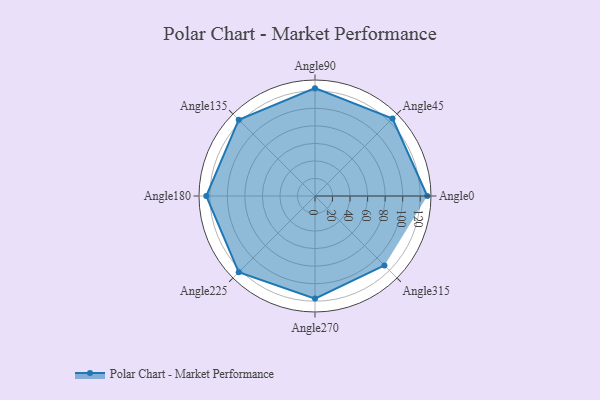
{"axis": {"x": "Angle", "y": "Radius"}, "legend": [""], "data": [{"x": "Angle0", "y": 128.0, "type": ""}, {"x": "Angle45", "y": 125.0, "type": ""}, {"x": "Angle90", "y": 123.0, "type": ""}, {"x": "Angle135", "y": 123.0, "type": ""}, {"x": "Angle180", "y": 124.0, "type": ""}, {"x": "Angle225", "y": 123.0, "type": ""}, {"x": "Angle270", "y": 117.0, "type": ""}, {"x": "Angle315", "y": 112.0, "type": ""}]}